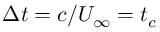
\Delta t = c / U _ { \infty } = t _ { c }